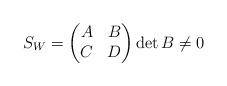
LaTeX: \begin{align*}S_{W}=\begin{pmatrix}A & B\\C & D\end{pmatrix}\det B\neq0 \end{align*}